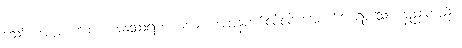
သော်။ အယံ၊ ကား။ အနုဿရဏနယော၊ အဖန်တစ်လဲလဲ အောက်မေ့ရာသော နည်းတည်း။